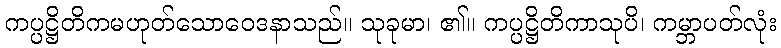
ကပ္ပဋ္ဌိတိကမဟုတ်သောဝေဒနာသည်။ သုခုမာ၊ ၏။ ကပ္ပဋ္ဌိတိကာသုပိ၊ ကမ္ဘာပတ်လုံး